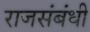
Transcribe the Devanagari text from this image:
राजसंबंधी